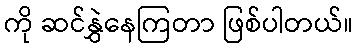
ကို ဆင်နွှဲနေကြတာ ဖြစ်ပါတယ်။